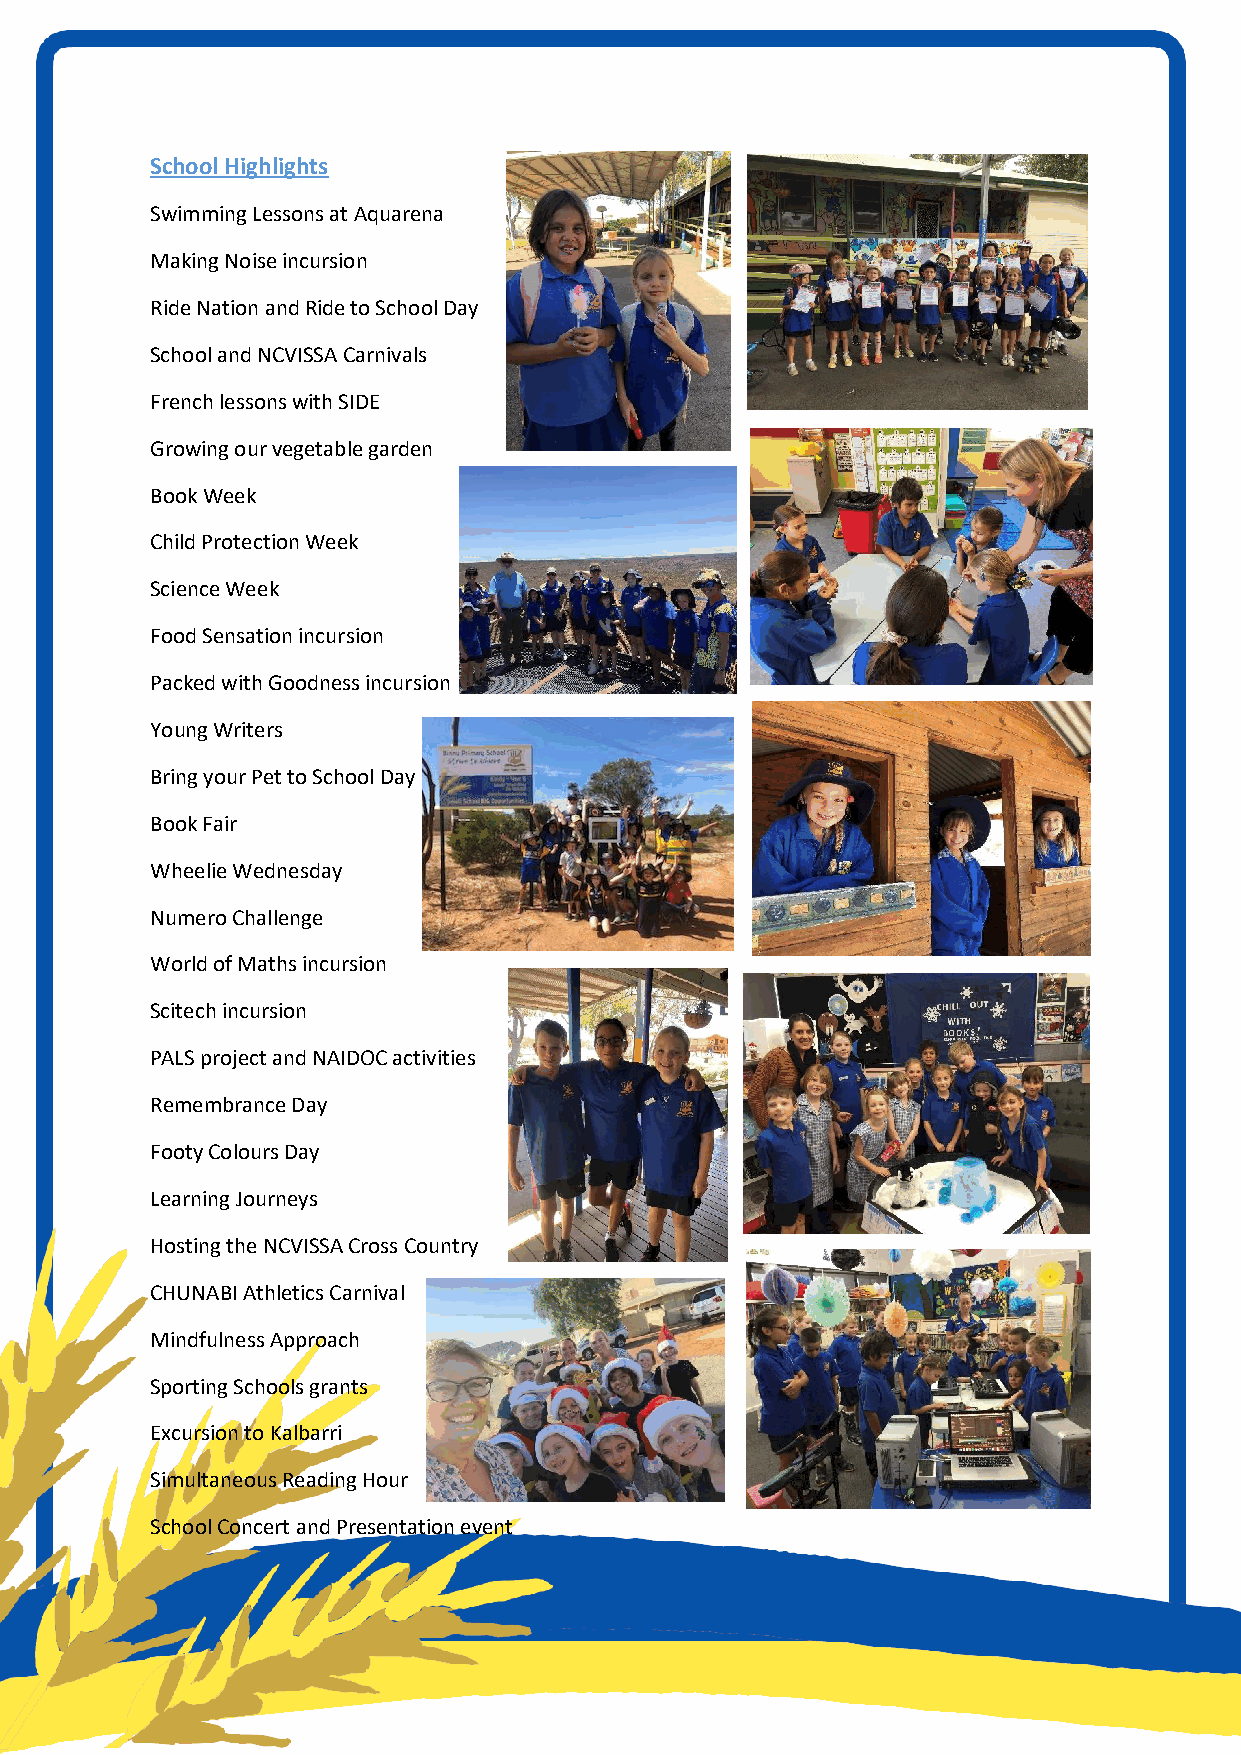
School Highlights
 Swimming Lessons at Aquarena
 Making Noise incursion
 Ride Nation and Ride to School Day
 School and NCVISSA Carnivals
 French lessons with SIDE
 Growing our vegetable garden
 Book Week
 Child Protection Week
 Science Week
 Food Sensation incursion
 Packed with Goodness incursion
 Young Writers
 Bring your Pet to School Day
 Book Fair
 Wheelie Wednesday
 Numero Challenge
 World of Maths incursion
 Scitech incursion
 PALS project and NAIDOC activities
 Remembrance Day
 Footy Colours Day
 Learning Journeys
 Hosting the NCVISSA Cross Country
 CHUNABI Athletics Carnival
 Mindfulness Approach
 Sporting Schools grants
 Excursion to Kalbarri
 Simultaneous Reading Hour
 School Concert and Presentation event